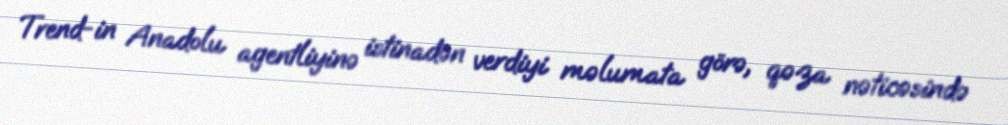
Trend-in Anadolu agentliyinə istinadən verdiyi məlumata görə, qəza nəticəsində